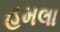
હમલા